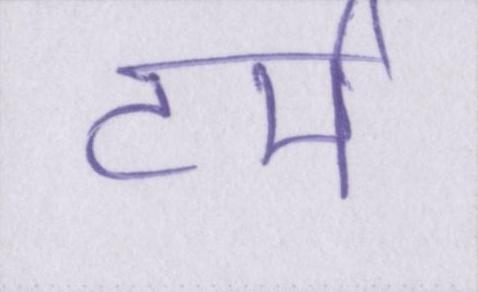
टर्म